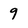
Character: 9